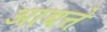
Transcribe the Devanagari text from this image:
आद्यत्ते